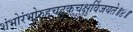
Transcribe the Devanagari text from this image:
शंभोरंभोरुहचटुकचक्षुर्विजयते॥४॥